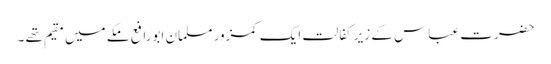
حضرت عباس کے زیر کفالت ایک کمزور مسلمان ابورافع مکے میں مقیم تھے ۔